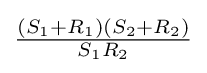
{\tfrac {(S_{1}+R_{1})(S_{2}+R_{2})}{S_{1}R_{2}}}